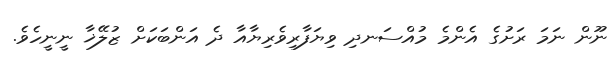
ނޫން ނަމަ ރަށުގެ އެންމެ މުއްސަނދި ވިޔަފާރިވެރިޔާއާ ދެ އަންބަކަށް ޒުލޭޚާ ނީނީހެވެ.